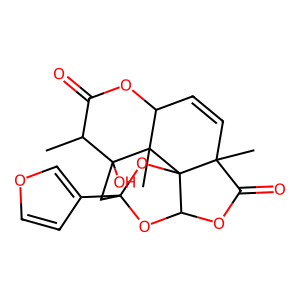
SMILES: CC1C(=O)OC2C=CC3(C)C(=O)OC4OC5(c6ccoc6)CC1(O)C2(C)C43O5
Inhibits HIV replication: No